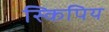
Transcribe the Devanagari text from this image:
स्किपिय